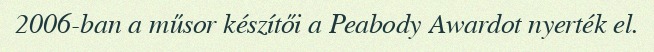
2006-ban a műsor készítői a Peabody Awardot nyerték el.